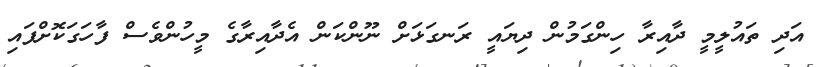
އަދި ތައުލީމީ ދާއިރާ ހިންގަމުން ދިޔައީ ރަނގަޅަށް ނޫންކަން އެދާއިރާގެ މީހުންވެސް ފާހަގަކޮށްފައި